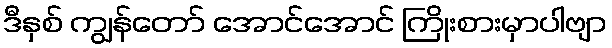
ဒီနှစ် ကျွန်တော် အောင်အောင် ကြိုးစားမှာပါဗျာ